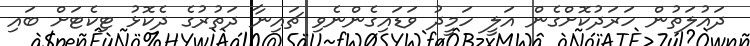
ދައުލަތުން ހަރަދުކޮށްގެން އަލީ ހަމީދު ވަޑައިގެންނެވި ޗައިނާ ދަތުރުގެ ދެކޮޅު ޓިކެޓަށް ބައި